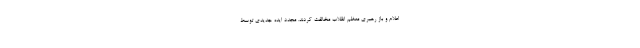
اعلام و باز رهبری معظم انقلاب مخالفت کردند. مجدد ایده جدیدی توسط